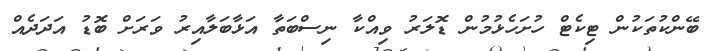
ބޭންކުތަކުން ޓިކެޓް ހުށަހެޅުމުން ޑޮލަރު ވިއްކާ ނިސްބަތާ އަޅާބަލާއިރު ވަރަށް ބޮޑު އަދަދެއް